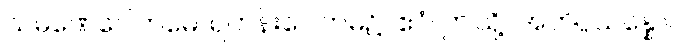
သမဏေဂေါတမေ၊ ရဟန်းဂေါတမ၌။ ဧဝံ၊ ဤသို့။ အဘိပ္ပသန္နော၊